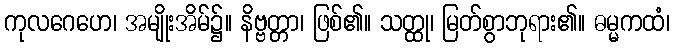
ကုလဂေဟေ၊ အမျိုးအိမ်၌။ နိဗ္ဗတ္တာ၊ ဖြစ်၏။ သတ္ထု၊ မြတ်စွာဘုရား၏။ ဓမ္မကထံ၊